Indian journal of veterinary science and animal husbandry - Volumes 15-17, 1948-1951
Year: 1948
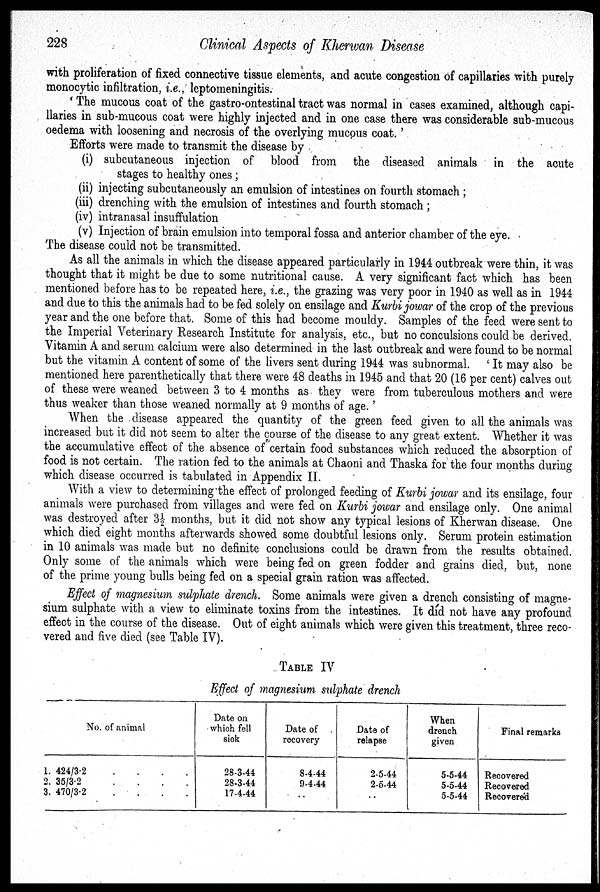
228
Clinical Aspects of Kherwan Disease
with proliferation of fixed connective tissue elements, and acute congestion of capillaries with purely
monocytic infiltration, i.e., leptomeningitis.
'The mucous coat of the gastro-ontestinal tract was normal in cases examined, although capi-
llaries in sub-mucous coat were highly injected and in one case there was considerable sub-mucous
oedema with loosening and necrosis of the overlying mucous coat.'
Efforts were made to transmit the disease by
(i) subcutaneous injection of blood from the diseased animals in the acute
stages to healthy ones ;
(ii) injecting subcutaneously an emulsion of intestines on fourth stomach ;
(iii) drenching with the emulsion of intestines and fourth stomach ;
(iv) intranasal insuffulation
(v) Injection of brain emulsion into temporal fossa and anterior chamber of the eye.
The disease could not be transmitted.
As all the animals in which the disease appeared particularly in 1944 outbreak were thin, it was
thought that it might be due to some nutritional cause. A very significant fact which has been
mentioned before has to be repeated here, i.e., the grazing was very poor in 1940 as well as in 1944
and due to this the animals had to be fed solely on ensilage and Kurbi jowar of the crop of the previous
year and the one before that. Some of this had become mouldy. Samples of the feed were sent to
the Imperial Veterinary Research Institute for analysis, etc., but no conculsions could be derived.
Vitamin A and serum calcium were also determined in the last outbreak and were found to be normal
but the vitamin A content of some of the livers sent during 1944 was subnormal. 'It may also be
mentioned here parenthetically that there were 48 deaths in 1945 and that 20 (16 per cent) calves out
of these were weaned between 3 to 4 months as they were from tuberculous mothers and were
thus weaker than those weaned normally at 9 months of age.'
When the disease appeared the quantity of the green feed given to all the animals was
increased but it did not seem to alter the course of the disease to any great extent. Whether it was
the accumulative effect of the absence of certain food substances which reduced the absorption of
food is not certain. The ration fed to the animals at Chaoni and Thaska for the four months during
which disease occurred is tabulated in Appendix II.
With a view to determining the effect of prolonged feeding of Kurbi jowar and its ensilage, four
animals were purchased from villages and were fed on Kurbi jowar and ensilage only. One animal
was destroyed after 3½ months, but it did not show any typical lesions of Kherwan disease. One
which died eight months afterwards showed some doubtful lesions only. Serum protein estimation
in 10 animals was made but no definite conclusions could be drawn from the results obtained.
Only some of the animals which were being fed on green fodder and grains died, but, none
of the prime young bulls being fed on a special grain ration was affected.
Effect of magnesium sulphate drench. Some animals were given a drench consisting of magne-
sium sulphate with a view to eliminate toxins from the intestines. It did not have any profound
effect in the course of the disease. Out of eight animals which were given this treatment, three reco-
vered and five died (see Table IV).
TABLE IV
Effect of magnesium sulphate drench
No. of animal
1. 424/3.2
.
.
.
.
2. 35/3.2
.
.
.
.
3. 470/3.2
.
.
.
.
Date on
which fell
siok
28-3-44
28-3-44
17-4-44
Date of
recovery
8-4-44
9-4-44
..
Date of
relapse
2-5-44
2-5-44
..
When
drench
given
5-5-44
5-5-44
5-5-44
Final remarks
Recovered
Recovered
Recovered